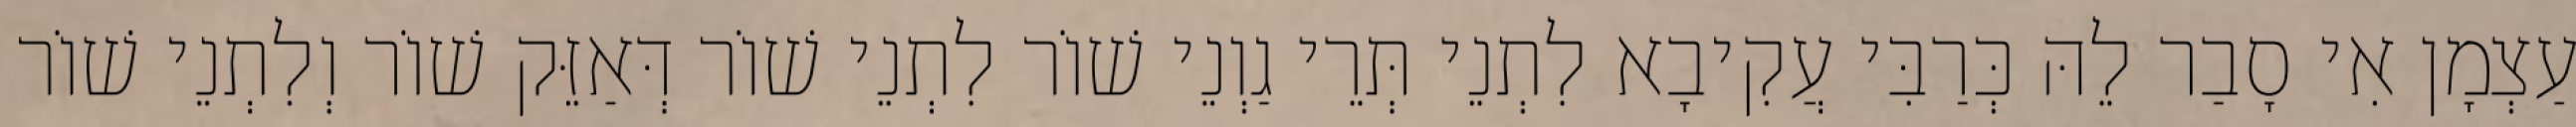
עַצְמָן אִי סָבַר לֵהּ כְּרַבִּי עֲקִיבָא לִתְנֵי תְּרֵי גַוְנֵי שׁוֹר לִתְנֵי שׁוֹר דְּאַזֵּק שׁוֹר וְלִתְנֵי שׁוֹר